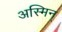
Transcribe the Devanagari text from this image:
अस्मिन्